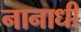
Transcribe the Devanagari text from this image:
नानाधी